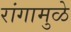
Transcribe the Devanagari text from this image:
रांगामुळे